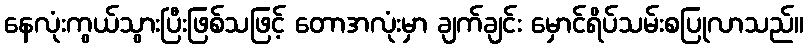
နေလုံးကွယ်သွားပြီးဖြစ်သဖြင့် တောအလုံးမှာ ချက်ချင်း မှောင်ရိပ်သမ်းစပြုလာသည်။